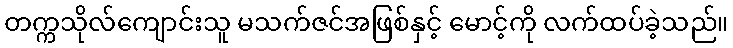
တက္ကသိုလ်ကျောင်းသူ မသက်ဇင်အဖြစ်နှင့် မောင့်ကို လက်ထပ်ခဲ့သည်။